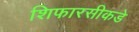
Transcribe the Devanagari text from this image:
शिफारसीकडे